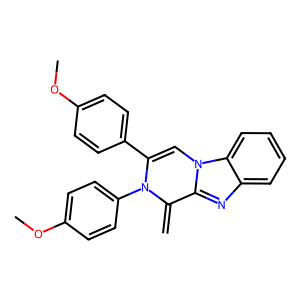
SMILES: C=C1c2nc3ccccc3n2C=C(c2ccc(OC)cc2)N1c1ccc(OC)cc1
Inhibits HIV replication: No